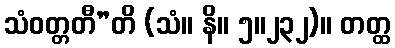
သံဝတ္တတီ”တိ (သံ။ နိ။ ၅။၂၃၂)။ တတ္ထ